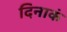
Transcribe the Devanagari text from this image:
दिनाकं